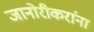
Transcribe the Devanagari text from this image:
जानोरीकरांना